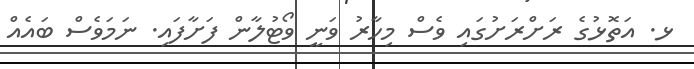
ޅ. އަތޮޅުގެ ރަށްރަށުގައި ވެސް މިހާރު ވަނީ ވޯޓުލާން ފަށާފައި. ނަމަވެސް ބައެއް